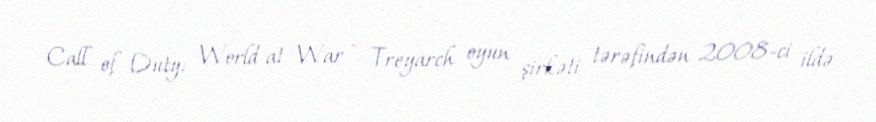
Call of Duty: World at War - Treyarch oyun şirkəti tərəfindən 2008-ci ildə